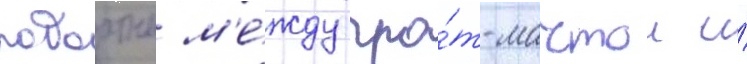
побортно м'е́жду гро́т-мачтои и́